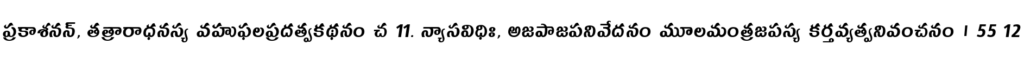
ప్రకాశనన్, తత్రారాధనస్య వహుఫలప్రదత్వకథనం చ 11. న్యాసవిధిః, అజపాజపనివేదనం మూలమంత్రజపస్య కర్తవ్యత్వనివంచనం । 55 12